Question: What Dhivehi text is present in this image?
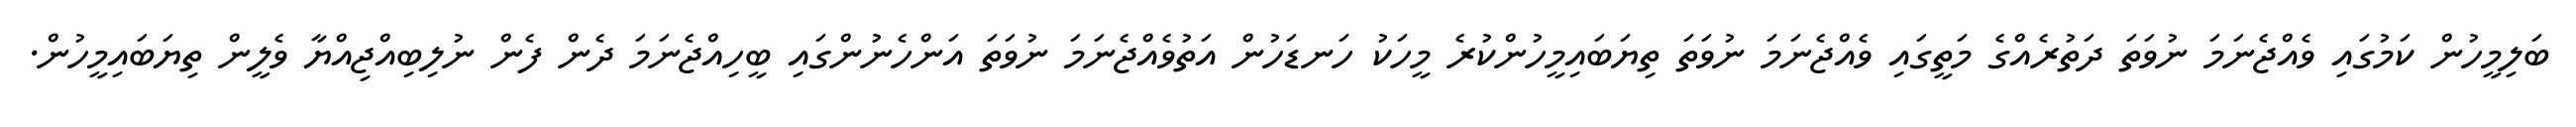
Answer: ބަލިމީހުން ކަމުގައި ވެއްޖެނަމަ ނުވަތަ ދަތުރެއްގެ މަތީގައި ވެއްޖެނަމަ ނުވަތަ ތިޔަބައިމީހުންކުރެ މީހަކު ހަނޑަހުން އަތުވެއްޖެނަމަ ނުވަތަ އަންހެނުންގައި ބީހިއްޖެނަމަ ދެން ފެން ނުލިބިއްޖިއްޔާ ވެލީން ތިޔަބައިމީހުން.